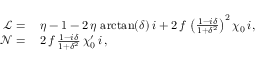
\begin{array} { r l } { \mathcal { L } = } & { { } \, \eta - 1 - 2 \, \eta \, \arctan ( \delta ) \, i + 2 \, f \, \left( \frac { 1 - i \delta } { 1 + \delta ^ { 2 } } \right) ^ { 2 } \chi _ { 0 } \, i , } \\ { \mathcal { N } = } & { { } \, 2 \, f \, \frac { 1 - i \delta } { 1 + \delta ^ { 2 } } \, \chi _ { 0 } ^ { \prime } \, i \, , } \end{array}